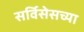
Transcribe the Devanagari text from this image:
सर्विसेसच्या